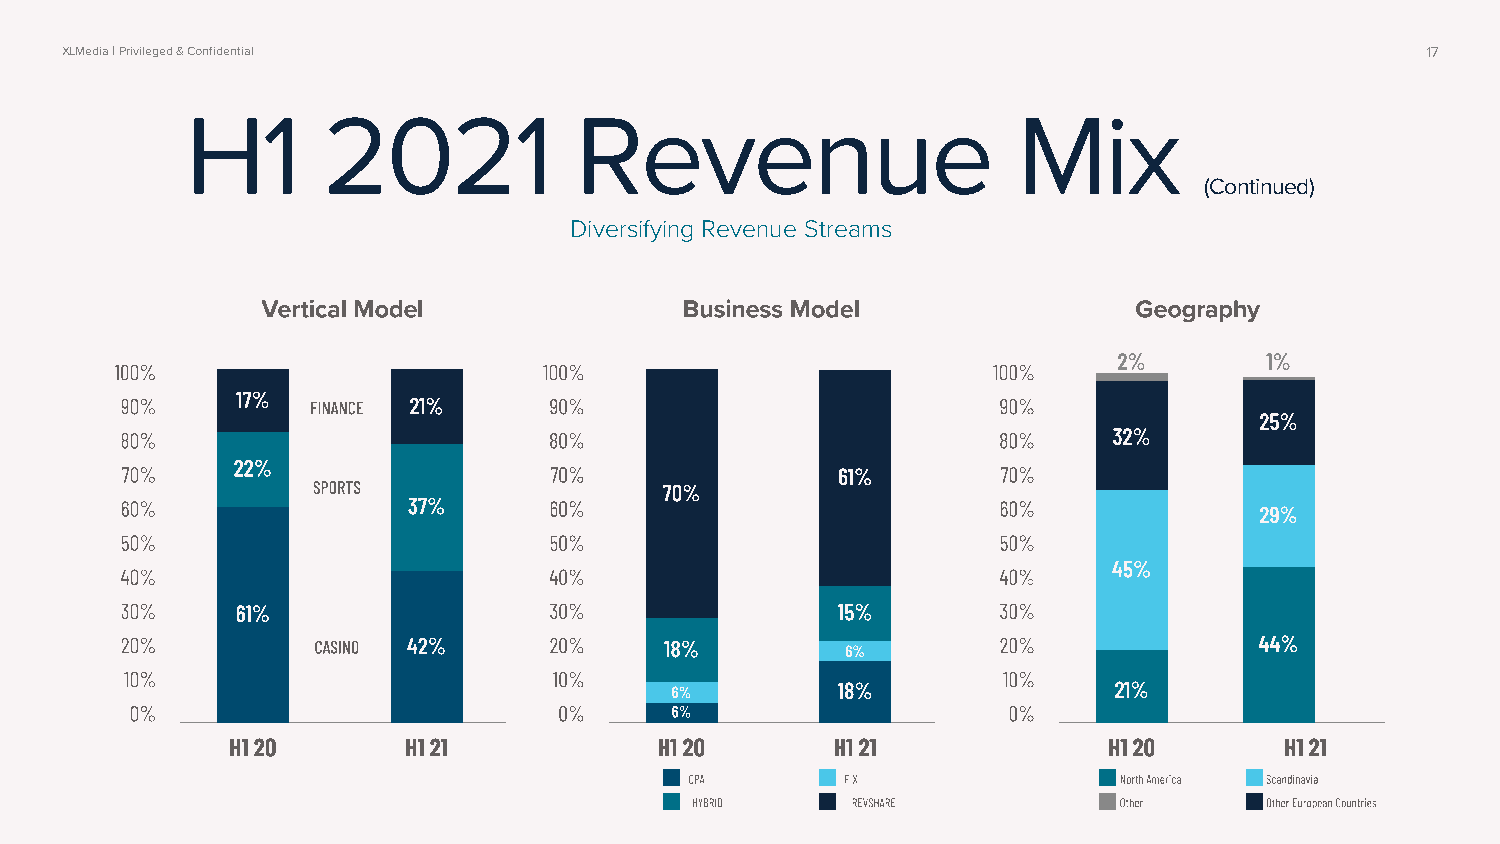
XLMedia | Privileged & Confidential                                                       17
 H1       2021             Revenue                      Mix
 (Continued)
 Diversifying Revenue Streams